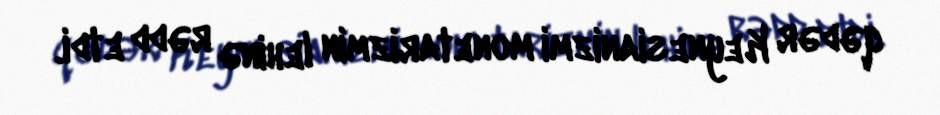
qədər Keynesianizmi monetarizmin lehinə rədd etdi.